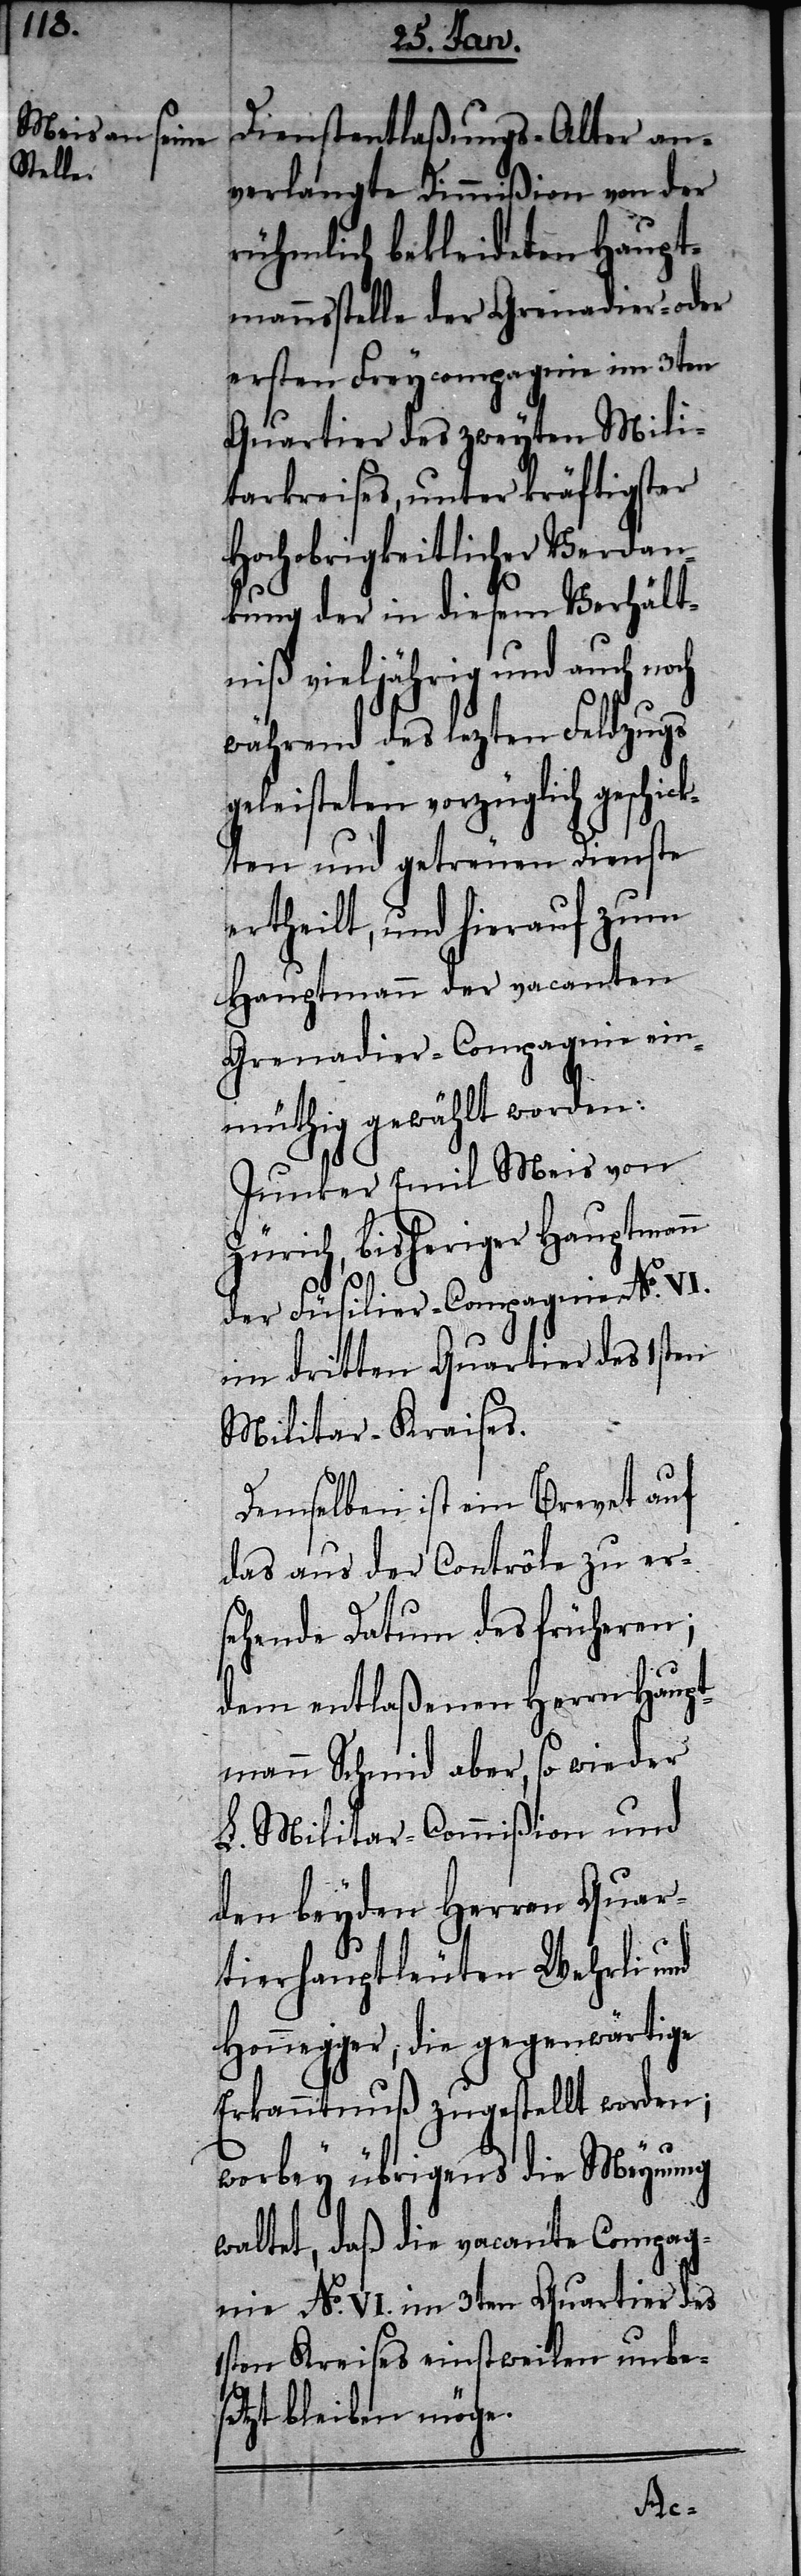
Dienstentlaßungs-Alter an¬
verlangte Dimmißion von der
rühmlich bekleideten Haupt¬
mannsstelle der Grenadier- oder
ersten Freycompagnie im 3ten
Quartier des zweyten Mili¬
tarkreises, unter kräftigster
Hochobrigkeitlicher Verdan¬
kung der in diesem Verhält¬
niß vieljährig und auch noch
während des lezten Feldzugs
geleisteten vorzüglich geschick¬
ten und getreuen Dienste
ertheilt, und hierauf zum
Hauptmann der vacanten
Grenadier-Compagnie ein¬
müthig gewählt worden:
Junker Emil Meis von
Zürich, bisheriger Hauptmann
der Füsilier-Compagnie No. VI.
im dritten Quartier des 1sten
Militar-Kraises.
Demselben ist ein Brevet auf
das aus der Contrôle zu ers¬
ehende Datum des früheren;
dem entlaßenen Herrn Haupt¬
mann Schmid aber, so wie der
L. Militar-Commißion und
den beyden Herren Quar¬
tierhauptleuten Wehrli und
Honnegger; die gegenwärtige
Erkanntnuß zugestellt worden;
worbey übrigens die Meynung
waltet, daß die vacante Compag¬
nie No. VI. im 3ten Quartier des
1sten Kreises einstweilen unbe¬
setzt bleiben möge.